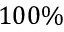
1 0 0 \%